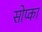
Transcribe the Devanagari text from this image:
सोप्का